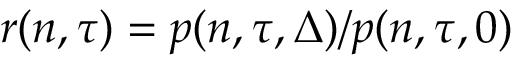
r ( n , \tau ) = p ( n , \tau , \Delta ) / p ( n , \tau , 0 )